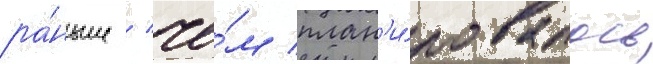
ра́ньше / че́м план'и́ровалось